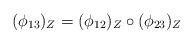
LaTeX: \begin{align*}(\phi_{13})_Z = (\phi_{12})_Z \circ (\phi_{23})_Z\end{align*}